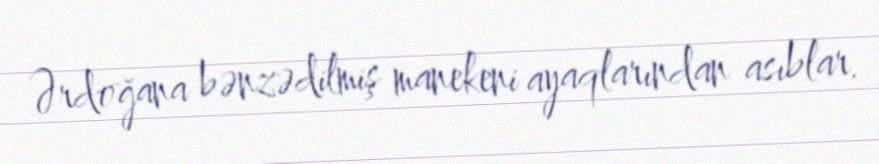
Ərdoğana bənzədilmiş manekeni ayaqlarından asıblar.